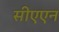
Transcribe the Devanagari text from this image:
सीएएन